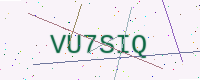
Text: VU7SIQ